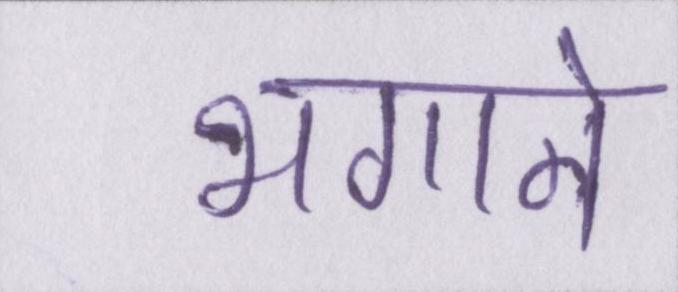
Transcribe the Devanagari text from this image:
भगाने